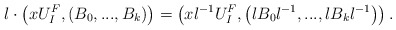
\begin{align*}l\cdot \left(xU_I^F, \left(B_0,...,B_k\right)\right)=\left(xl^{-1} U_I^F, \left(lB_0 l^{-1}, ..., l B_k l^{-1}\right)\right).\end{align*}